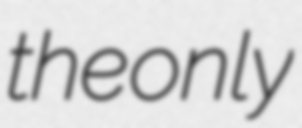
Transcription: the only